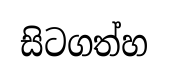
සිටගත්හ